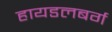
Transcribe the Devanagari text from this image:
हायडलबर्ग